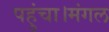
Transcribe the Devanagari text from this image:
पहुंचा।मंगल